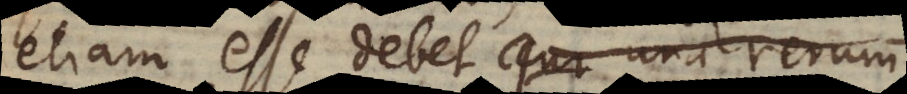
etiam esse debet cur una rerum